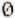
0